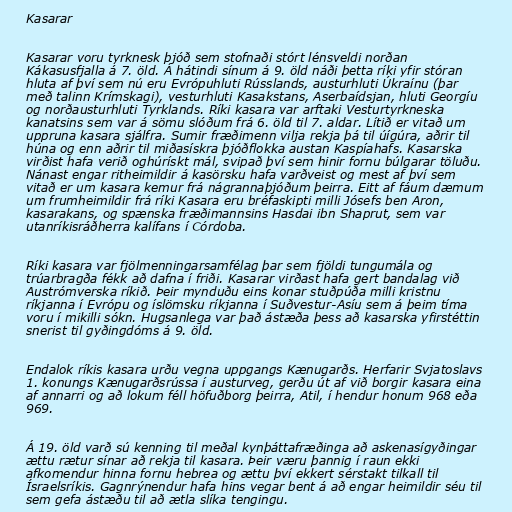
Kasarar

Kasarar voru tyrknesk þjóð sem stofnaði stórt lénsveldi norðan
Kákasusfjalla á 7. öld. Á hátindi sínum á 9. öld náði þetta ríki yfir stóran
hluta af því sem nú eru Evrópuhluti Rússlands, austurhluti Úkraínu (þar
með talinn Krímskagi), vesturhluti Kasakstans, Aserbaídsjan, hluti Georgíu
og norðausturhluti Tyrklands. Ríki kasara var arftaki Vesturtyrkneska
kanatsins sem var á sömu slóðum frá 6. öld til 7. aldar. Lítið er vitað um
uppruna kasara sjálfra. Sumir fræðimenn vilja rekja þá til úígúra, aðrir til
húna og enn aðrir til miðasískra þjóðflokka austan Kaspíahafs. Kasarska
virðist hafa verið oghúrískt mál, svipað því sem hinir fornu búlgarar töluðu.
Nánast engar ritheimildir á kasörsku hafa varðveist og mest af því sem
vitað er um kasara kemur frá nágrannaþjóðum þeirra. Eitt af fáum dæmum
um frumheimildir frá ríki Kasara eru bréfaskipti milli Jósefs ben Aron,
kasarakans, og spænska fræðimannsins Hasdai ibn Shaprut, sem var
utanríkisráðherra kalífans í Córdoba.

Ríki kasara var fjölmenningarsamfélag þar sem fjöldi tungumála og
trúarbragða fékk að dafna í friði. Kasarar virðast hafa gert bandalag við
Austrómverska ríkið. Þeir mynduðu eins konar stuðpúða milli kristnu
ríkjanna í Evrópu og íslömsku ríkjanna í Suðvestur-Asíu sem á þeim tíma
voru í mikilli sókn. Hugsanlega var það ástæða þess að kasarska yfirstéttin
snerist til gyðingdóms á 9. öld.

Endalok ríkis kasara urðu vegna uppgangs Kænugarðs. Herfarir Svjatoslavs
1. konungs Kænugarðsrússa í austurveg, gerðu út af við borgir kasara eina
af annarri og að lokum féll höfuðborg þeirra, Atil, í hendur honum 968 eða
969.

Á 19. öld varð sú kenning til meðal kynþáttafræðinga að askenasígyðingar
ættu rætur sínar að rekja til kasara. Þeir væru þannig í raun ekki
afkomendur hinna fornu hebrea og ættu því ekkert sérstakt tilkall til
Ísraelsríkis. Gagnrýnendur hafa hins vegar bent á að engar heimildir séu til
sem gefa ástæðu til að ætla slíka tengingu.